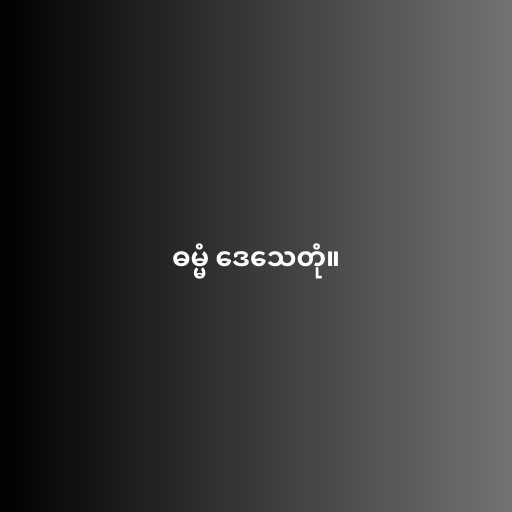
ဓမ္မံ ဒေသေတုံ။